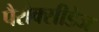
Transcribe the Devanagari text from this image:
पैरौक्सीडेज